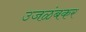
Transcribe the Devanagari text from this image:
उजळंबकर